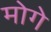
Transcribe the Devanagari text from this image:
मोगे